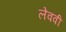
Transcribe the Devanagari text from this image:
लेववी